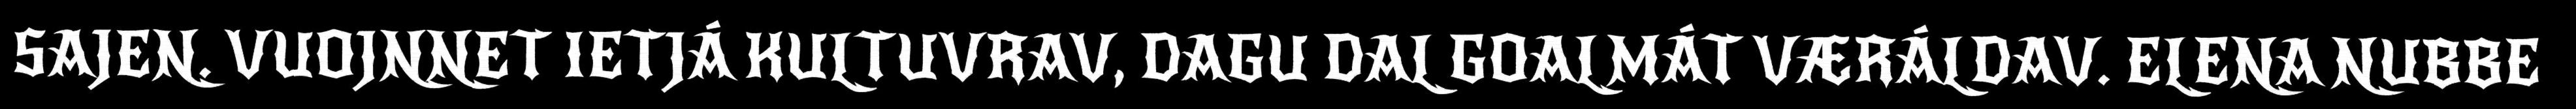
SAJEN. VUOJNNET IETJÁ KULTUVRAV, DAGU DAL GOALMÁT VÆRÁLDAV. ELENA NUBBE